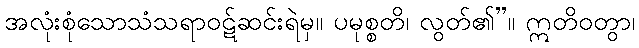
အလုံးစုံသောသံသရာဝဋ်ဆင်းရဲမှ။ ပမုစ္စတိ၊ လွတ်၏”။ ဣတိဝတွာ၊